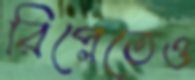
রিপ্লেতেও